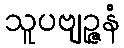
သူပဗျဉ္ဇနံ